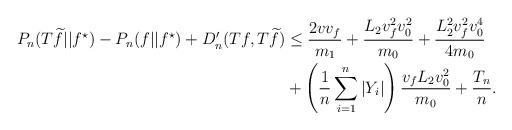
LaTeX: \begin{align*}P_n(T\widetilde{f}||f^{\star})- P_n(f||f^{\star}) + D^{\prime}_n(Tf,T\widetilde{f})& \leq\frac{2v v_f}{m_1} + \frac{L_2v^2_fv^2_0}{m_0} + \frac{L^2_2v^2_fv^4_0}{4m_0}\\ & + \left(\frac{1}{n}\sum_{i=1}^n|Y_i|\right)\frac{v_fL_2 v^2_0}{m_0} + \frac{T_n}{n}.\end{align*}